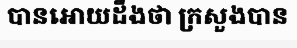
បានអោយដឹងថា ក្រសួងបាន